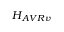
H _ { A V R v }